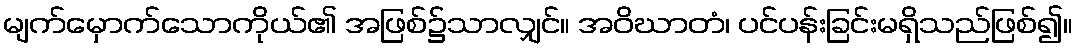
မျက်မှောက်သောကိုယ်၏ အဖြစ်၌သာလျှင်။ အဝိဃာတံ၊ ပင်ပန်းခြင်းမရှိသည်ဖြစ်၍။